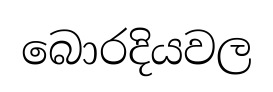
බොරදියවල